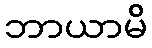
ဘာယာမိ